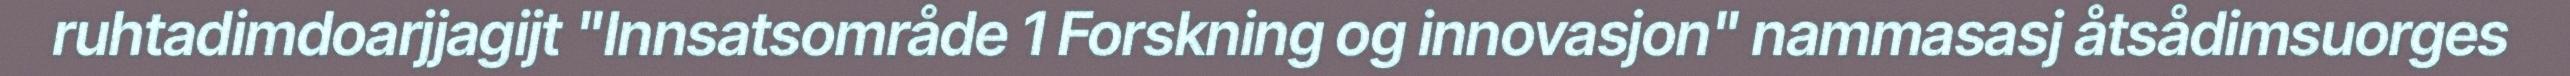
ruhtadimdoarjjagijt "Innsatsområde 1 Forskning og innovasjon" nammasasj åtsådimsuorges